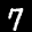
Label: 7